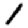
Digit: 1